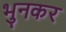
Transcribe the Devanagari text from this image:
भुनकर